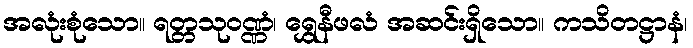
အလုံးစုံသော။ ရတ္တသုဝဏ္ဏံ၊ ရွှေနီဖလံ အဆင်းရှိသော။ ကသိတဋ္ဌာနံ၊